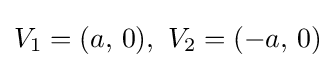
V_{1}=(a,\,0),\ V_{2}=(-a,\,0)